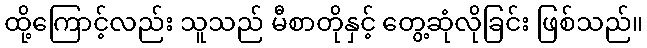
ထို့ကြောင့်လည်း သူသည် မီစာတိုနှင့် တွေ့ဆုံလိုခြင်း ဖြစ်သည်။